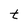
Character: t